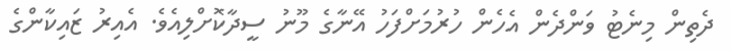
ދެތިން މިނެޓު ވަންދެން އެހެން ހުރުމަށްފަހު އޭނާގެ މޫނު ސީދާކޮށްލިއެވެ. އެއިރު ޒައިކާންގެ